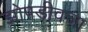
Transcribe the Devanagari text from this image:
झोपडीवजा